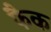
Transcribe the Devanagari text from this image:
फैक